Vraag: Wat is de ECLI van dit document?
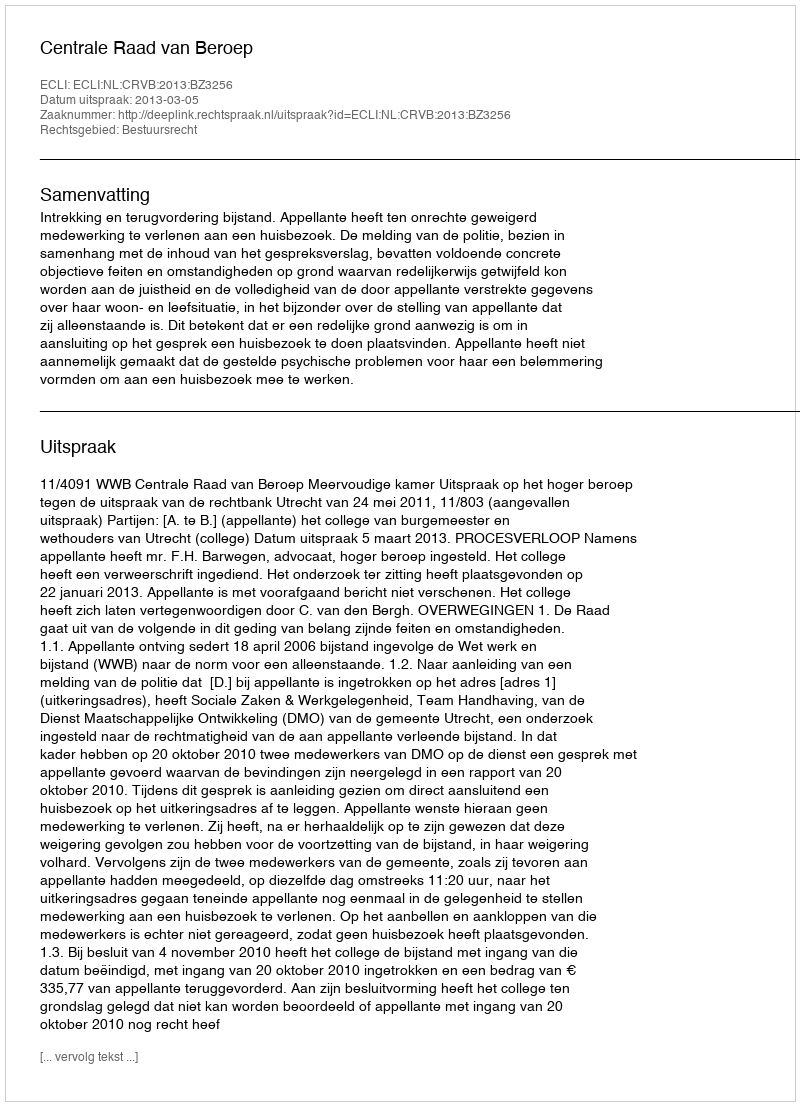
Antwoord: ECLI:NL:CRVB:2013:BZ3256